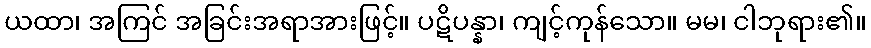
ယထာ၊ အကြင် အခြင်းအရာအားဖြင့်။ ပဋိပန္နာ၊ ကျင့်ကုန်သော။ မမ၊ ငါဘုရား၏။